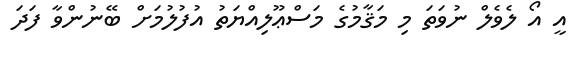
އީ އޯ ލެވެލް ނުވަތަ މި މަޤާމުގެ މަސްޢޫލިއްޔަތު އުފުލުމަށް ބޭނުންވާ ފަދަ